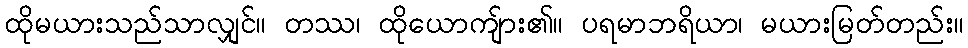
ထိုမယားသည်သာလျှင်။ တဿ၊ ထိုယောကျ်ား၏။ ပရမာဘရိယာ၊ မယားမြတ်တည်း။